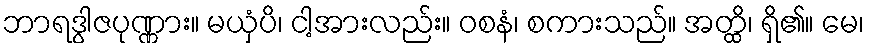
ဘာရဒွါဇပုဏ္ဏား။ မယှံပိ၊ ငါ့အားလည်း။ ဝစနံ၊ စကားသည်။ အတ္ထိ၊ ရှိ၏။ မေ၊